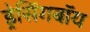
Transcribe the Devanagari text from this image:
ड्रेसिंगबॉय